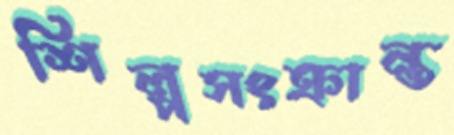
শিল্পসংক্রান্ত